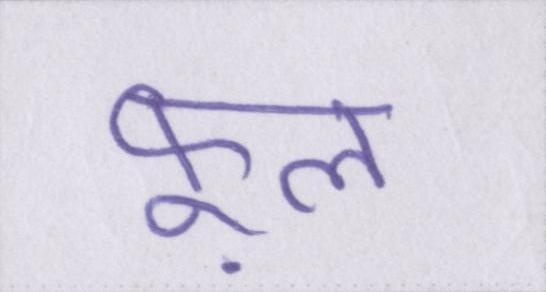
फ़ूल